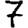
Digit: 7